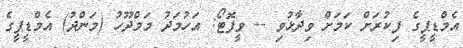
އެމްޑީޕީގެ ފިކުރަށް ކަމަށް ވިދާޅުވި -- ވީފޮޓޯ: އަހުމަދު މަމްދޫހު (މަންދު) އެމްޑީޕީގެ